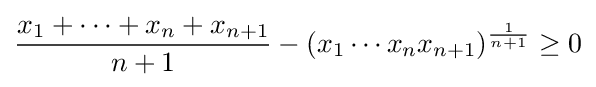
{\frac {x_{1}+\cdots +x_{n}+x_{n+1}}{n+1}}-({x_{1}\cdots x_{n}x_{n+1}})^{\frac {1}{n+1}}\geq 0